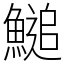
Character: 𩺬